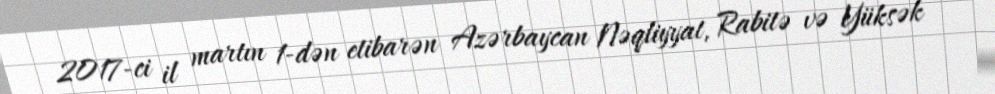
2017-ci il martın 1-dən etibarən Azərbaycan Nəqliyyat, Rabitə və Yüksək